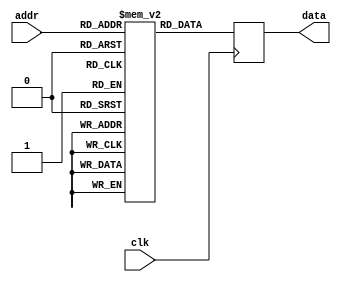
// Nothing to prove in this demo.
// Just an example for memories, vcd dumps and vlog testbench dumps.

`ifdef FORMAL
`define assume(_expr_) assume(_expr_)
`else
`define assume(_expr_)
`endif

module demo2(input clk, input [4:0] addr, output reg [31:0] data);
	reg [31:0] mem [0:31];
	always @(negedge clk)
		data <= mem[addr];

	reg [31:0] used_addr = 0;
	reg [31:0] used_dbits = 0;
	reg initstate = 1;

	always @(posedge clk) begin
		initstate <= 0;
		`assume(!used_addr[addr]);
		used_addr[addr] <= 1;
		if (!initstate) begin
			`assume(data != 0);
			`assume((used_dbits & data) == 0);
			used_dbits <= used_dbits | data;
		end
	end
endmodule